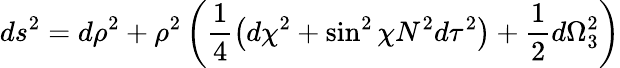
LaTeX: ds^{2}=d\rho^{2}+\rho^{2}\left(\frac{1}{4}\left(d\chi^{2}+\sin^{2}{\chi}N^{2}d\tau^{2}\right)+\frac{1}{2}d\Omega_{3}^{2}\right)